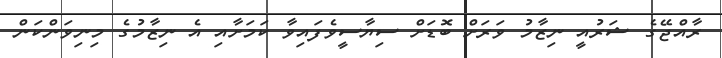
ރާއްޖޭގެ ޝަރުއީ ނިޒާމު ވަރަށް ބޮޑަށް ސިޔާސީވެފައިވާ ކަމަށާއި އެ ނިޒާމުގެ މިނިވަންކަން